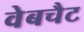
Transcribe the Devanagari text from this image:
वेबचैट